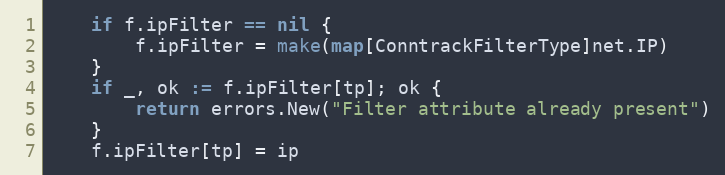
Language: Go
	if f.ipFilter == nil {
		f.ipFilter = make(map[ConntrackFilterType]net.IP)
	}
	if _, ok := f.ipFilter[tp]; ok {
		return errors.New("Filter attribute already present")
	}
	f.ipFilter[tp] = ip